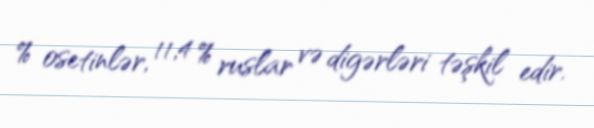
% osetinlər, 11,4 % ruslar və digərləri təşkil edir.